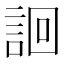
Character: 䛛